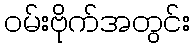
ဝမ်းဗိုက်အတွင်း